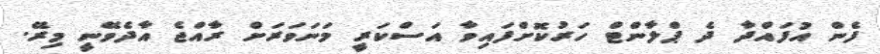
ފެން އުފައްދާ ދެ ޕްލާންޓް ހަރުކޮށްފައިވާ އަސްކަރީ މަނަވަރަށް ރާއްޖެ އާދެވޭނީ މިރޭ.